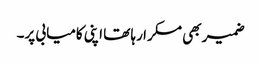
ضمیر بھی مسکرا رہا تھا اپنی کامیابی پر۔